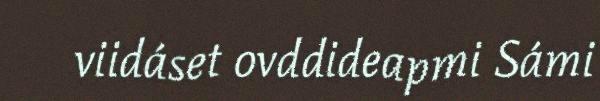
viidáset ovddideapmi Sámi